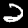
Label: 2